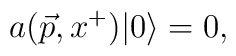
a(\vec{p},x^+) \vert 0\rangle =0,